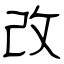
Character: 改